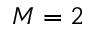
M = 2